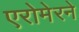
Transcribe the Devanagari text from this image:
एरोमेरने